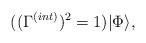
LaTeX: \begin{align*}((\Gamma^{(int)})^2 = 1)|\Phi\rangle, \end{align*}